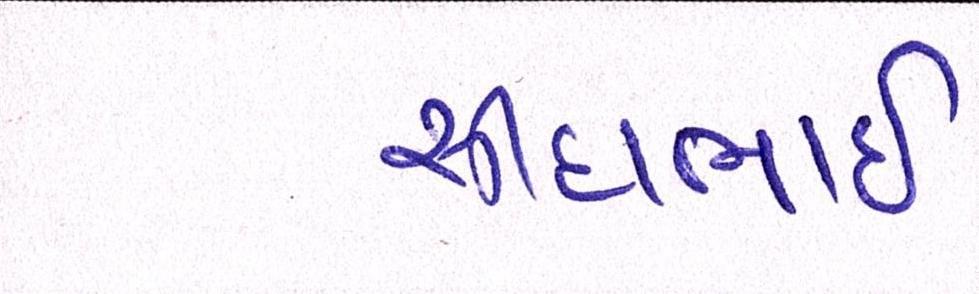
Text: સીદાભાઈ